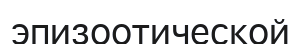
эпизоотической